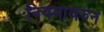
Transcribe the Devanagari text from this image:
नियमावरुन